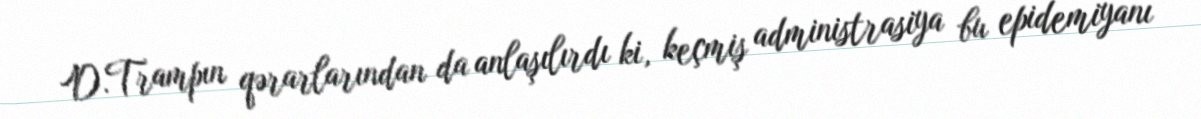
D.Trampın qərarlarından da anlaşılırdı ki, keçmiş administrasiya bu epidemiyanı